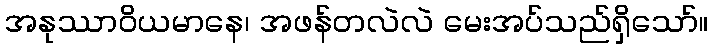
အနုဿာဝိယမာနေ၊ အဖန်တလဲလဲ မေးအပ်သည်ရှိသော်။